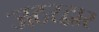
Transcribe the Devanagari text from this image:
जठरद्वार